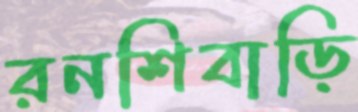
রনশিবাড়ি